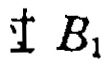
$\perp B_{1}$